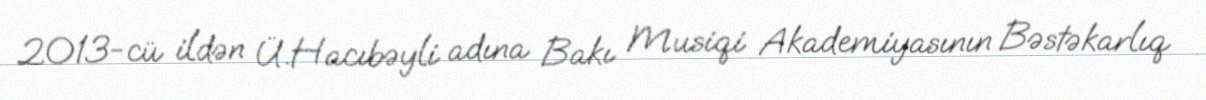
2013-cü ildən Ü.Hacıbəyli adına Bakı Musiqi Akademiyasının Bəstəkarlıq